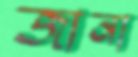
জানা